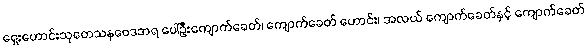
ရှေးဟောင်းသုတေသနဗေဒအရ ပေါ်ဦးကျောက်ခေတ်၊ ကျောက်ခေတ် ဟောင်း၊ အလယ် ကျောက်ခေတ်နှင့် ကျောက်ခေတ်